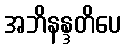
အဘိနန္ဒတိပေ